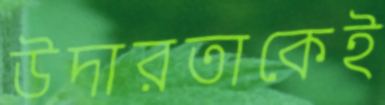
উদারতাকেই